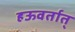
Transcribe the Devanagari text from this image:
हऊवर्तात्